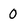
Character: 0